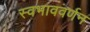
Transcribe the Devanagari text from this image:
स्वभाववर्णन